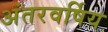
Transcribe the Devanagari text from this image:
अंतरवर्षिय